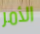
الأمر